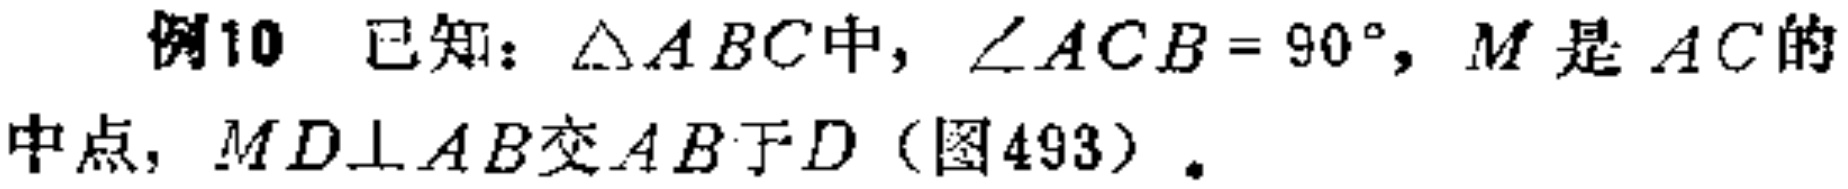
例10 已知：$\triangle ABC$中，$\angle ACB = 90^{\circ}$，$M$是$AC$的中点，$MD\perp AB$交$AB$于$D$（图493）。